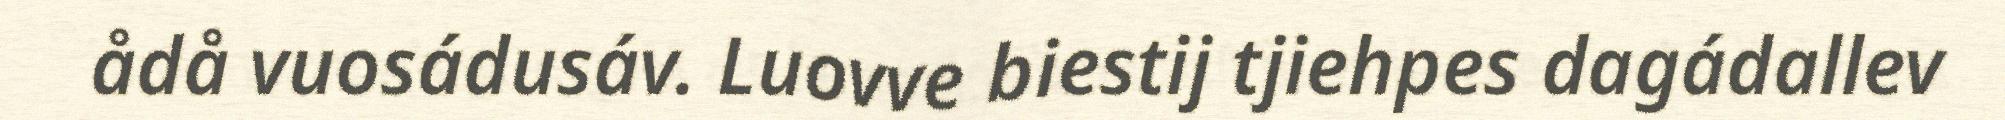
ådå vuosádusáv. Luovve biestij tjiehpes dagádallev